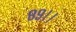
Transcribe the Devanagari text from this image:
८९।।